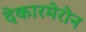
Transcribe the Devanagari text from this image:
देकारमेरोन